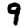
Digit: 9